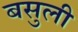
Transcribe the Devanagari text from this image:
बसुली